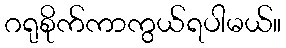
ဂရုစိုက်ကာကွယ်ရပါမယ်။